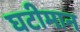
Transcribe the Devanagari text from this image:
घटीमान